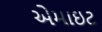
એમાઇટ